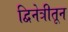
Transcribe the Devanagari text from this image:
द्विनेत्रीतून